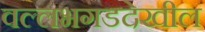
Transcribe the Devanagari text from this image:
वल्लभगडदेखील